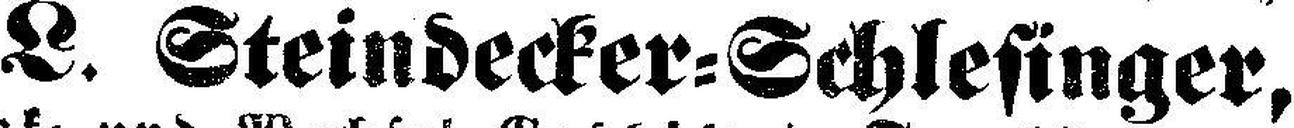
L. Steindecker=Schlesinger,